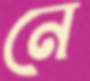
নে